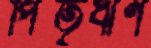
পিতৃঋণ